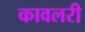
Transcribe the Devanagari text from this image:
कावलरी